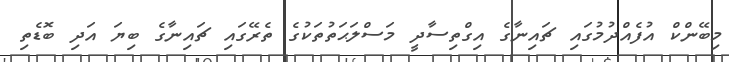
މިބޭންކް އުފެއްދުމުގައި ޗައިނާގެ އިގްތިސާދީ މަސްލަޙަތުތަކުގެ ތެރޭގައި ޗައިނާގެ ބިޔަ އަދި ބޮޑެތި